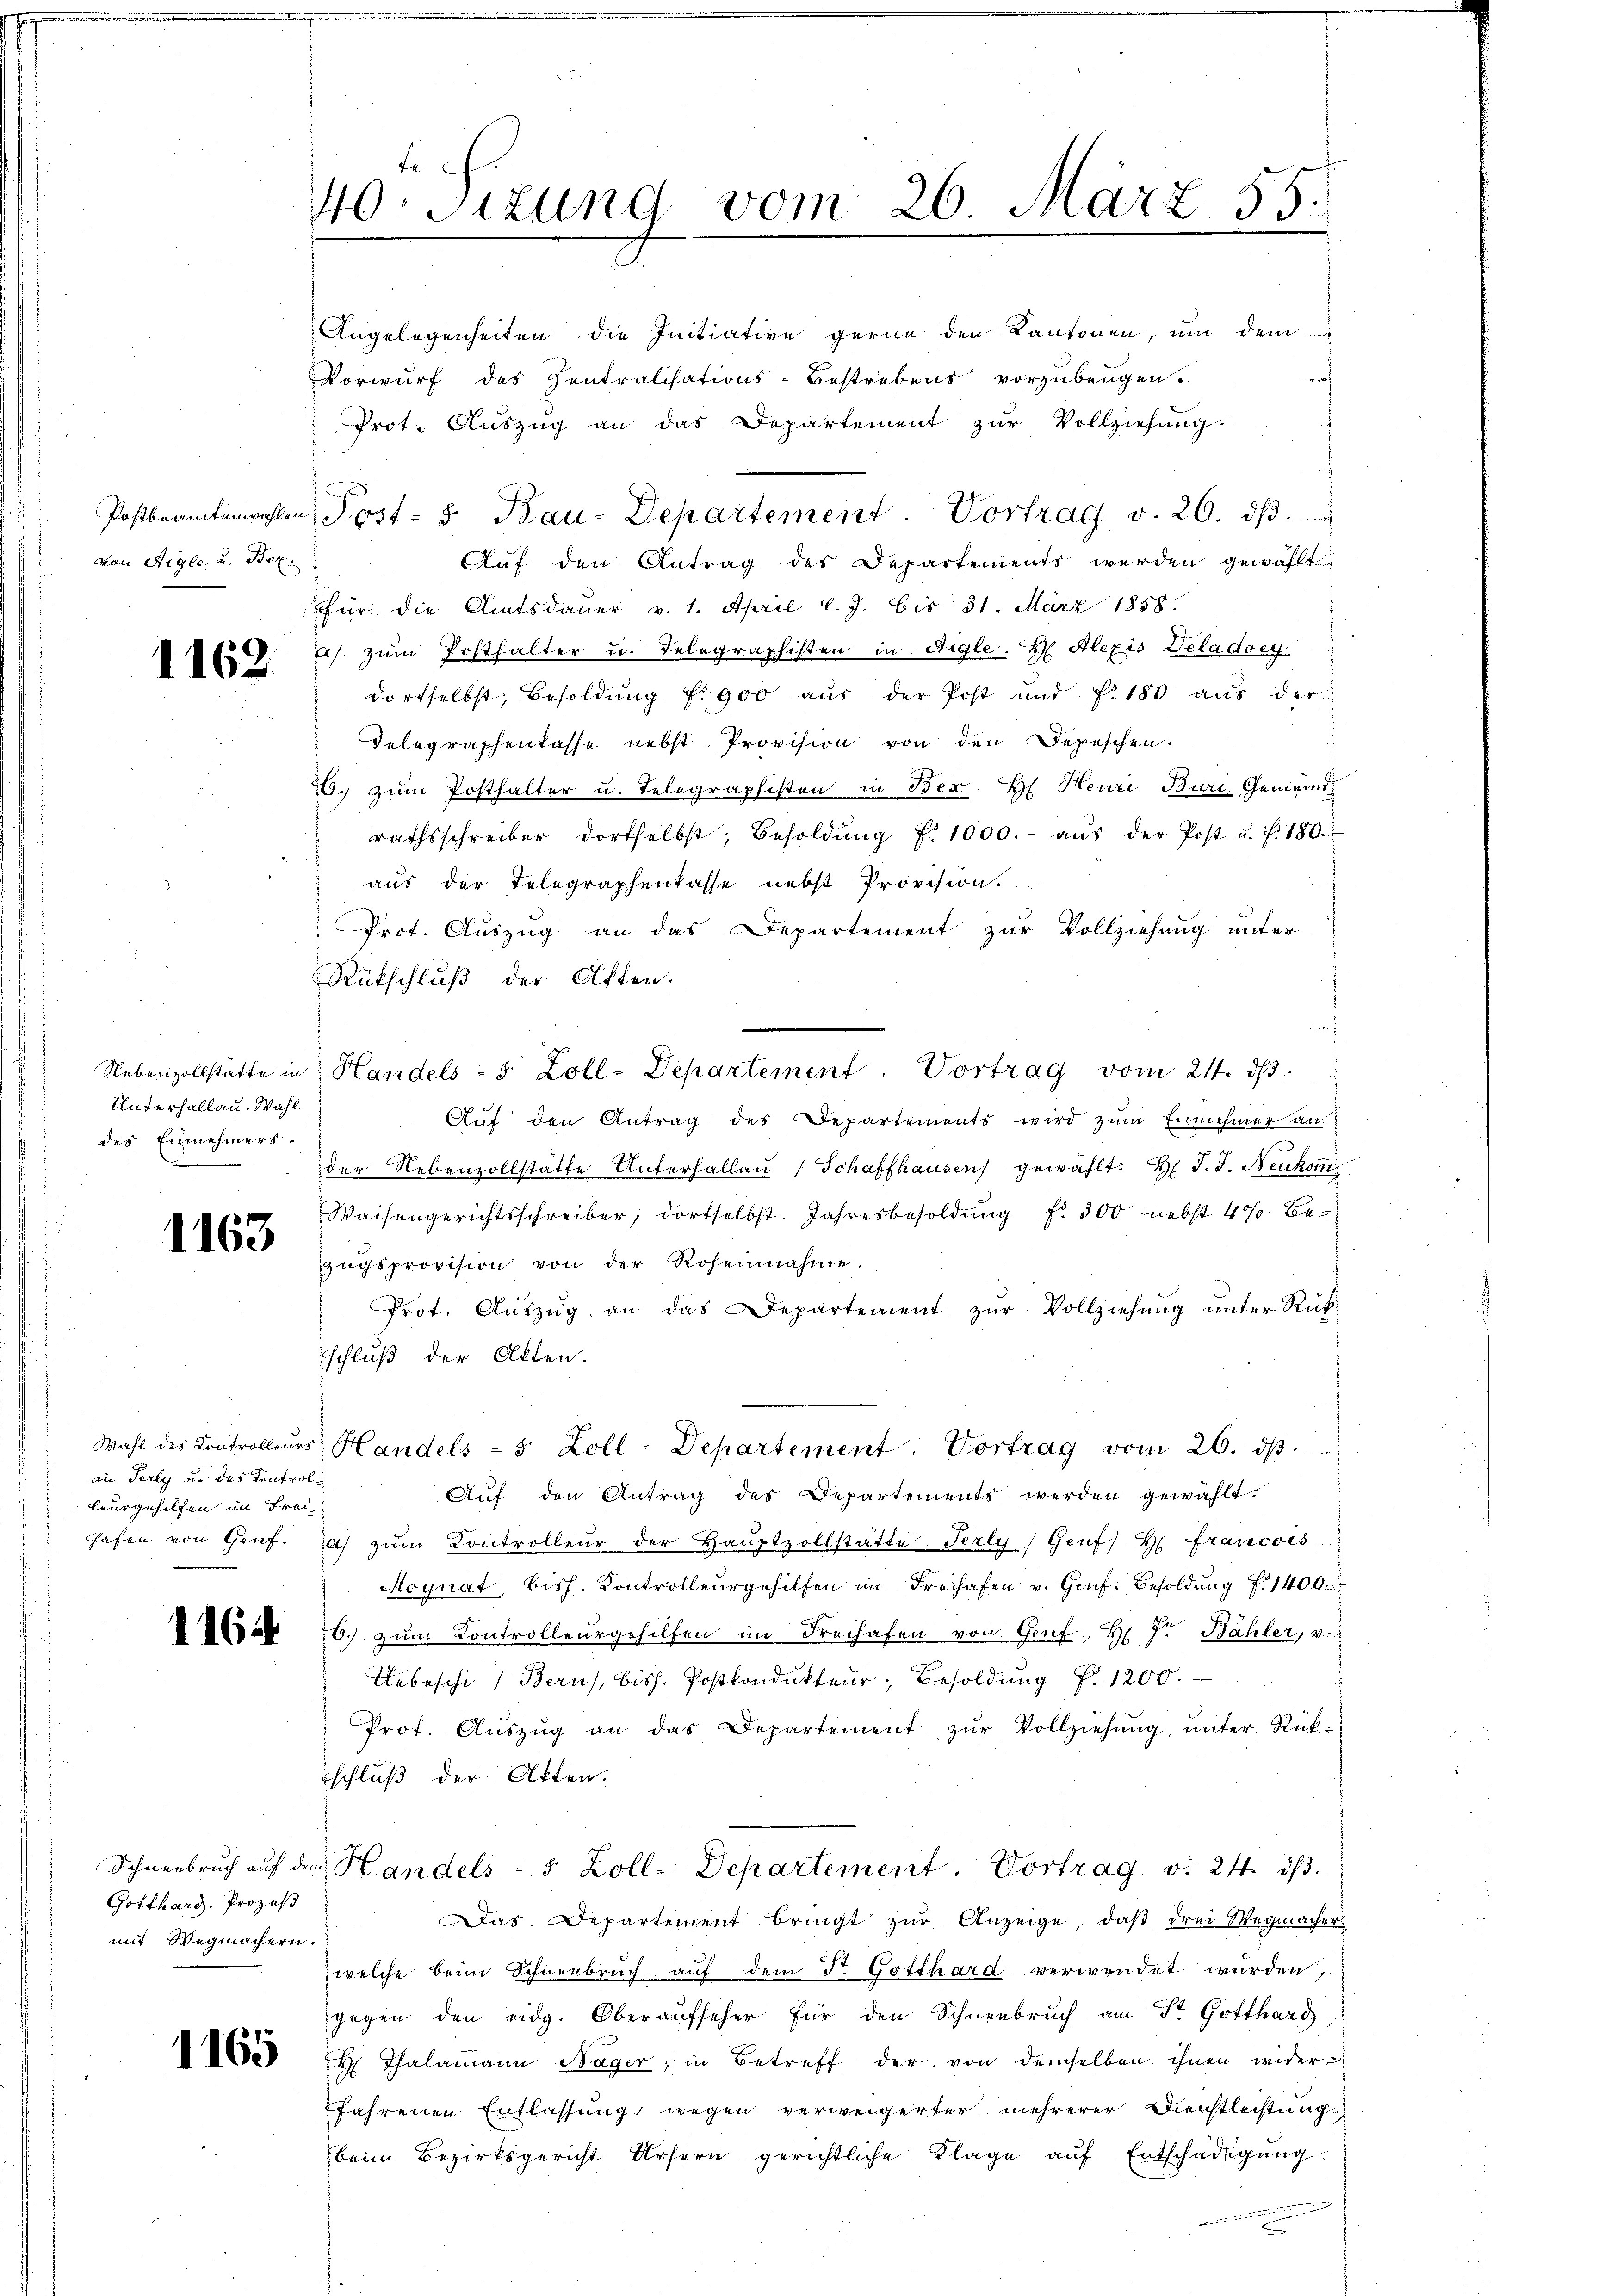
von Aigle u. Prof.

1162

Unterhallau. Wahl
des Einnehmers.

1163

an Perly u. das Kontrolleurgehilfen im Frei

Gotthard. Prozeß
mit Wegmachern.

40. Sizung vom 26. März 55
.

Angelegenheiten die Initiative gerne den Kantonen, um dem
a
Vorwurf des Zentralisations-Bestrebens vorzubeugen.
Prot. Auszug an das Departement zur Vollziehung.
Aŭf den Antrag des Departements werden gewählt
für die Amtsdauer v. 1. April l. J. bis 31. März 1858.
) zum Posthalter u. Telegraphisten in Aigle. H. Alexis Deladoey
dortselbst, Besoldŭng f. 900 aŭs der Post und f. 180 aŭs der
Telegraphenkasse nebst Provision von den Depeschen.
6. zum Posthalter u. Telegraphisten in Bez. H. Heuri Buri Gemeindrathsschreiber dortselbst, Besoldŭng f. 1000.- aŭs der Post u. f. 180.
aus der Telegraphenkasse nebst Provision.
Prct. Auszug an das Departement zur Vollziehung unter
Rückschluß der Otten.
Nebenzollstätte in Handels - 5 Zoll-Departement. Vortrag vom 24. ds.
Aŭf den Antrag des Departements wird zŭm Einnehmer an
der Nebenvollstätte Unterhallau (Schaffhausen gewählt: Hr. J. J. Neukomm
Waisengerichtsschreiber, dortselbst. Jahresbesoldŭng f. 300 nebst 4% be-
zŭgsprovision von der Rosennahme.
Prot. Aŭszŭg an das Departement zŭr Vollziehŭng ŭnter Rükschluß der Akten.
Wahl des Controlleurs Handels - 5 Zoll-Departement. Vortrag vom 26. dβ.
Aŭf den Antrag des Departements werden gewählt.
hafen von Genf. 1 zum Controlleur der Hauptzollstätte Perly) Genf) H francois
Moynat, bish. Kontrollergehilfen im Freihafen v. Genf. Besoldung f. 1400.
 16. zum Controlleurgehilfen im Freihafen von Genf, H. Pr. Bähler, v.
Tebeschi (Berns, bish. Postkondukteur, Besoldung f. 1200.
Prot. Aŭszŭg an das Departement zŭr Vollziehŭng ŭnter Rück-
schluß der Akten.
Schneebruch auf dem Handels- 5 Zoll- Departement. Vortrag v. 24. ds.
Das Departement bringt zŭr Anzeige, daβ drei Wegmacher-
welche beim Schneebruch auf dem Dr. Gotthard verwendet wurden,
gegen den eidg. Oberaufseher für den Schneebruch am St. Gotthard
 H. Thalamann Nager, in Betreff der von demselben ihnen wider
fahrenen Entlassung wegen verweigerter mehrerer Dienstleistung
beim Bezirksgericht Ursern gerichtliche Klage auf Entschädigung
d

Postbeamtenwahlen, Post- 8. Bau-Departement. Vortrag v. 26. ds.